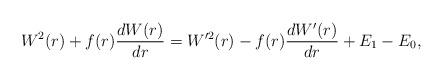
LaTeX: \begin{align*} W^2(r) + f(r) \frac{dW(r)}{dr} = W^{\prime2}(r) - f(r) \frac{dW'(r)}{dr} + E_1 - E_0, \end{align*}